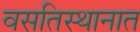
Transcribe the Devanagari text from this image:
वसतिस्थानात